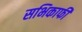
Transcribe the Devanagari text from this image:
सभिकाफी